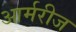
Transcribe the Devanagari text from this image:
आर्मरीज